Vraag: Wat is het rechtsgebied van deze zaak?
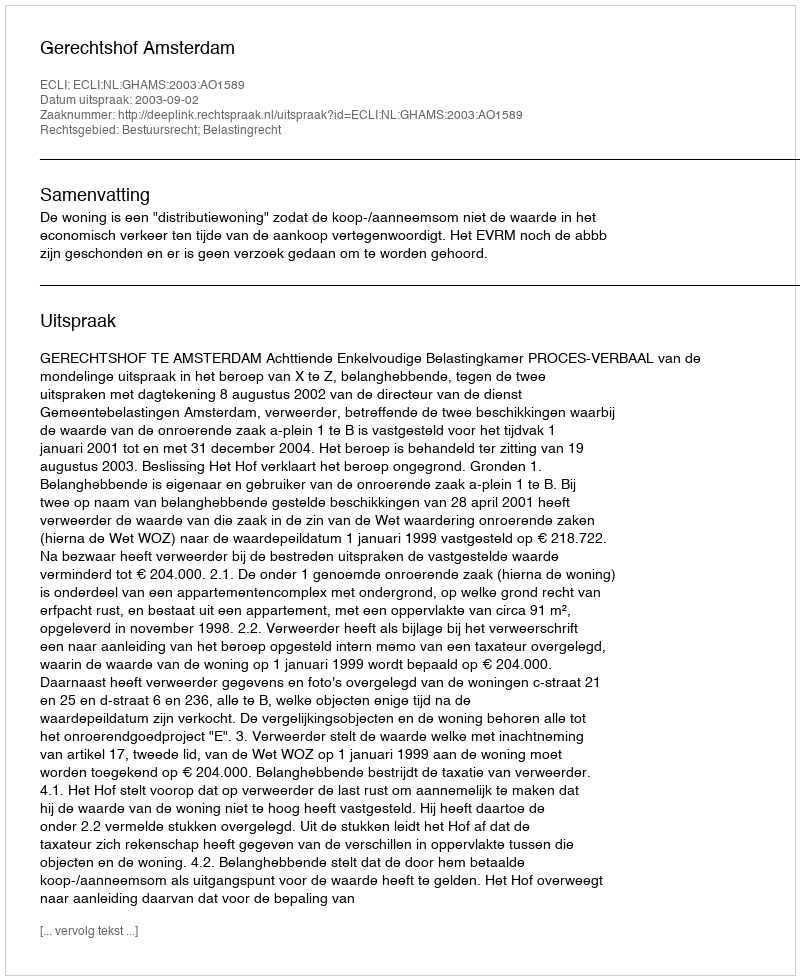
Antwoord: Bestuursrecht; Belastingrecht